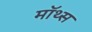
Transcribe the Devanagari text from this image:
मॉथ्स